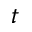
t